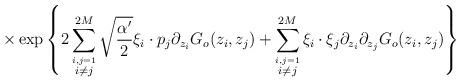
LaTeX: \begin{align*}\times \exp \left\{ \displaystyle 2\sum_{\stackrel{i,j=1}{i \neq j}}^{2M} \sqrt{\displaystyle\frac{\alpha ^{\prime }}{2}}\xi _{i}\cdot p_{j}\partial_{z_{i}}G_{o}(z_{i},z_{j})+\displaystyle\sum_{\stackrel{i,j=1}{i \neq j}}^{2M}\xi_{i}\cdot \xi _{j}\partial _{z_{i}}\partial_{z_{j}}G_{o}(z_{i},z_{j})\right\}\end{align*}